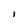
Character: I